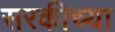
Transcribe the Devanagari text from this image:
सरकीच्या